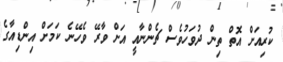
ކުރިއަށް އޮތް ތިން ދުވަހުވެސް ޗެންނާއީ އަށް ވާރޭ ވެހޭނެ ކަމަށް އިންޑިއާގެ